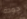
جودة